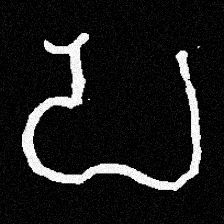
Pyu character \u2014 Myanmar letter: ပ (romanized: pa)